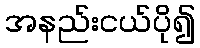
အနည်းငယ်ပို၍